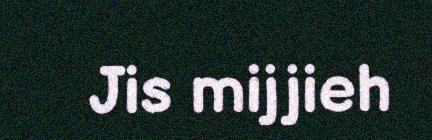
Jis mijjieh